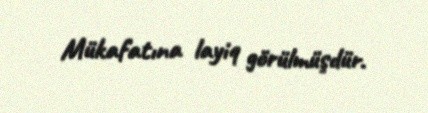
Mükafatına layiq görülmüşdür.